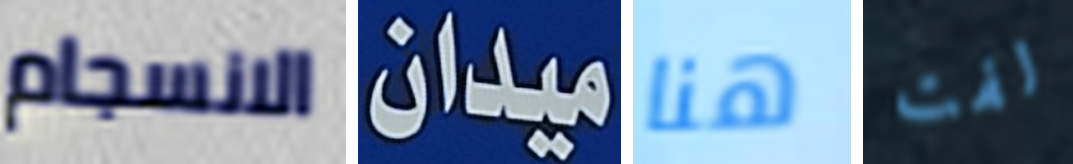
الانسجام ميدان هنا لفت